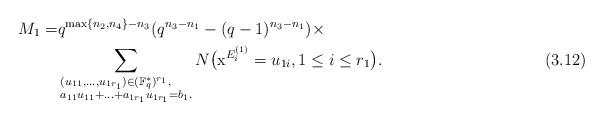
LaTeX: \begin{align*}M_1=&q^{\max\{n_2,n_4\}-n_3}(q^{n_3-n_1}-(q-1)^{n_3-n_1})\times \\&\sum_{\begin{subarray}{I}(u_{11},...,u_{1r_1})\in (\mathbb{ F}_{q}^*)^{r_1},\\a_{11}u_{11}+...+a_{{1r_1}}u_{1r_1}=b_1.\end{subarray}}N\big(\mathrm{x}^{E^{(1)}_i}=u_{1i}, 1\leq i\leq r_1\big). \ \ \ \ \ \ \ \ \ \ \ \ \ \ \ \ \ \ \ \ \ \ \ \ \ \ \ \ \ \ (3.12)\end{align*}